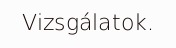
Vizsgálatok.